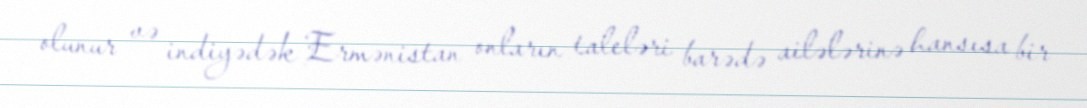
olunur və indiyədək Ermənistan onların taleləri barədə ailələrinə hansısa bir